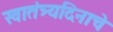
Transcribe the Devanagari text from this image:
स्वातंत्र्यदिनाचे